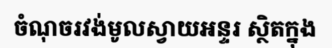
ចំណុចរវង់មូលស្វាយអន្ទរ ស្ថិតក្នុង